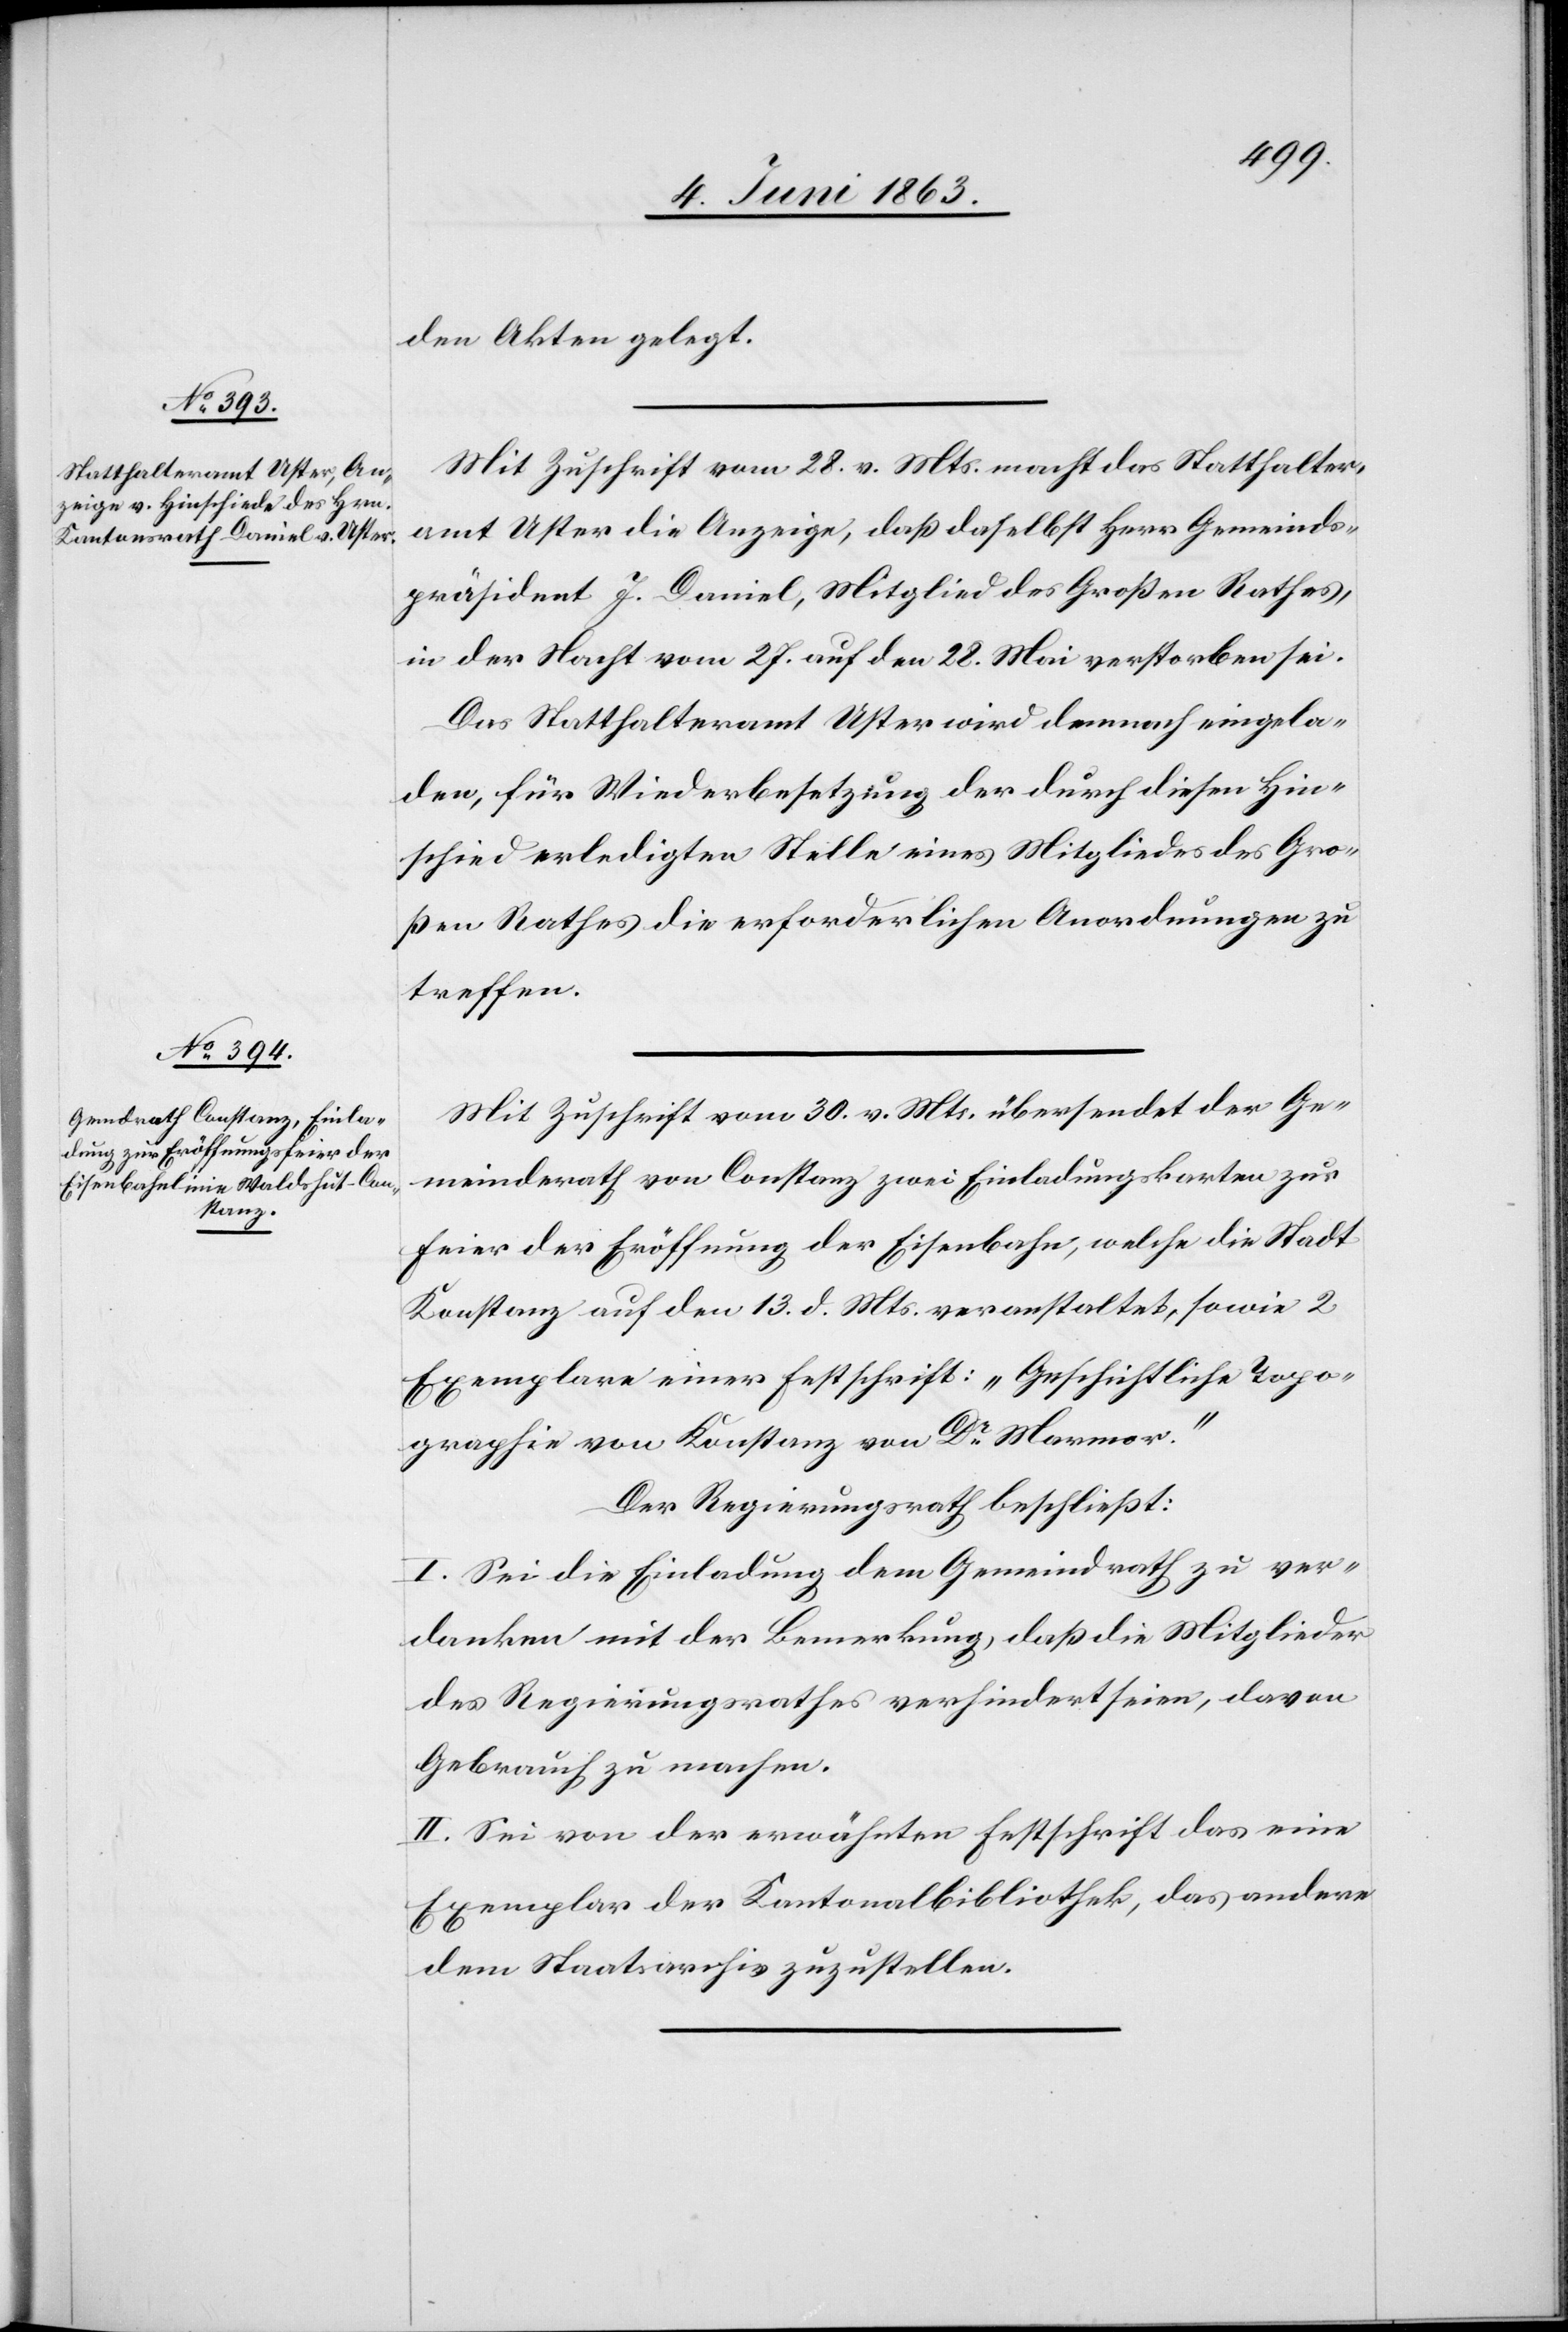
den Akten gelegt.
Mit Zuschrift vom 28. v. Mts. macht das Statthalter¬
amt Uster die Anzeige, daß daselbst Herr Gemeinds¬
präsident J. Daniel, Mitglied des Großen Rathes,
in der Nacht vom 27. auf den 28. Mai verstorben sei.
Das Statthalteramt Uster wird demnach eingela¬
den, für Wiederbesetzung der durch diesen Hin¬
schied erledigten Stelle eines Mitgliedes des Gro¬
ßen Rathes die erforderlichen Anordnungen zu
treffen.
Mit Zuschrift vom 30. v. Mts. übersendet der Ge¬
meindrath von Constanz zwei Einladungskarten zur
Feier der Eröffnung der Eisenbahn, welche die Stadt
Konstanz [sic!] auf den 13. d. Mts. veranstaltet, sowie 2
Exemplare einer Festschrift: „Geschichtliche Topo¬
graphie von Konstanz von Dr Marmor.“
Der Regierungsrath beschließt:
I. Sei die Einladung dem Gemeindrath zu ver¬
danken mit der Bemerkung, daß die Mitglieder
des Regierungsrathes verhindert seien, davon
Gebrauch zu machen.
II. Sei von der erwähnten Festschrift das eine
Exemplar der Kantonalbibliothek, das andere
dem Staatsarchiv zuzustellen.